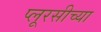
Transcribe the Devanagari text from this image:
प्लूरसीच्या